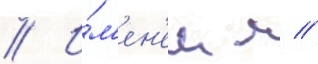
// И́м'ен'ем м //